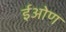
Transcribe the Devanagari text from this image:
ईओण